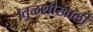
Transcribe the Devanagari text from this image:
।तुळशीखाली